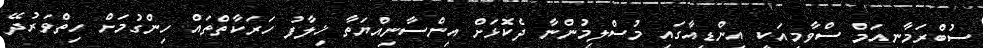
ސުބްރަމާނިއަމް ސްވާމީއަކީ އިންޑިއާގައި މުސްލިމުންނާ ދެކޮޅަށް އިންސާނިއްޔަތާ ޚިލާފު ހަރަކާތްތައް ހިންގުމަށް ހިތްވަރުދޭ